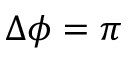
\Delta \phi = \pi